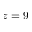
z = 9